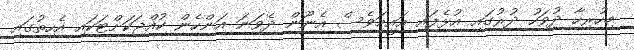
މިހުރިހާ ދުވަހު ދުރުގައި އުޅެފައި އައީމަވެސް އެނޫން ދެވަނަ އަންހެން ކުއްޖަކަށްޓަކައި އެހިތުގައި